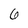
Character: 6